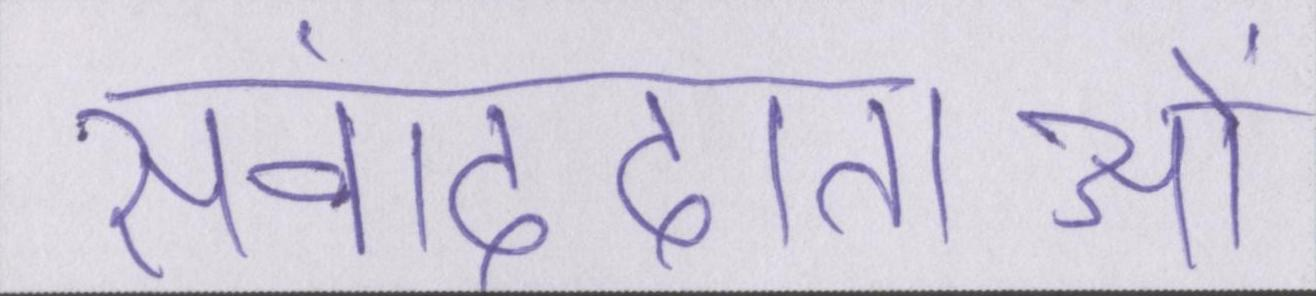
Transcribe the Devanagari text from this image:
संवाददाताओं